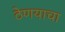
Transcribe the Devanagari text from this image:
ठेणयाचा